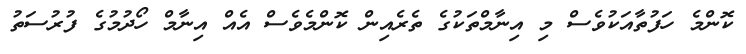
ކޮންމެ ހަފުތާއަކުވެސް މި އިނާމްތަކުގެ ތެރެއިން ކޮންމެވެސް އެއް އިނާމް ހޯދުމުގެ ފުރުސަތު